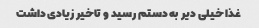
غذا خیلی دیر به دستم رسید و تاخیر زیادی داشت